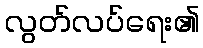
လွတ်လပ်ရေး၏